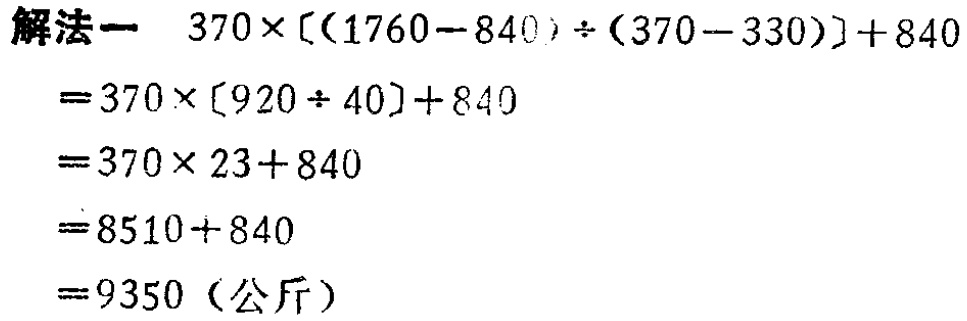
```
解法一 \(370\times[(1760 - 840)\div(370 - 330)]+840\)
\(=370\times[920\div 40]+840\)
\(=370\times 23 + 840\)
\(=8510+840\)
\(=9350\)（公斤）
```